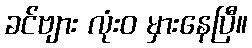
ခင်ဗျား လုံးဝ မှားနေပြီ။